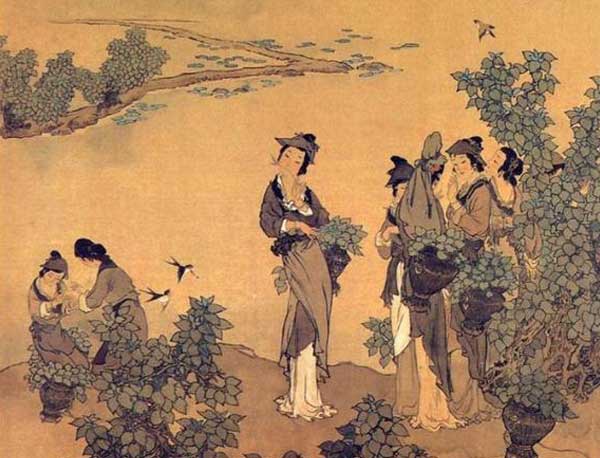
巧笑东邻女伴，采桑径里逢迎。